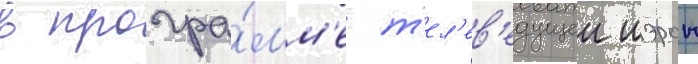
в програ́мм'е т'ел'ев'едущеи шэрон